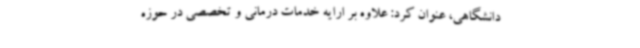
دانشگاهی، عنوان کرد: علاوه بر ارایه خدمات درمانی و تخصصی در حوزه